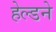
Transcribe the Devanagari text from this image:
हेल्डने